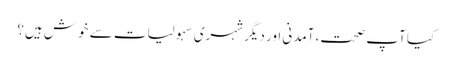
کیا آپ صحت، آمدنی اور دیگر شہری سہولیات سے خوش ہیں؟